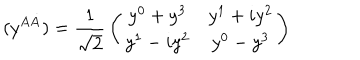
( y ^ { A \dot { A } } ) = { \frac { 1 } { \sqrt { 2 } } } \left( \begin{array} { c c } { { y ^ { 0 } + y ^ { 3 } } } & { { y ^ { 1 } + i y ^ { 2 } } } \\ { { y ^ { 1 } - i y ^ { 2 } } } & { { y ^ { 0 } - y ^ { 3 } } } \\ \end{array} \right)